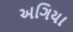
અગિયા